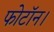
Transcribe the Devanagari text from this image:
फोटॉन।